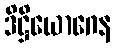
ဒိဋ္ဌိယောဂေန